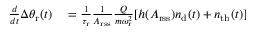
\begin{array} { r l } { \frac { d } { d t } \Delta \theta _ { \mathrm { r } } ( t ) } & { { } = \frac { 1 } { \tau _ { \mathrm { r } } } \frac { 1 } { A _ { \mathrm { r s s } } } \frac { Q } { m \omega _ { \mathrm { r } } ^ { 2 } } [ h ( A _ { \mathrm { r s s } } ) n _ { \mathrm { d } } ( t ) + n _ { \mathrm { t h } } ( t ) ] } \end{array}